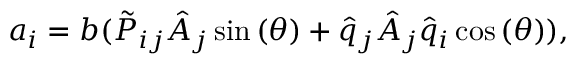
a _ { i } = b ( \tilde { P } _ { i j } \hat { A } _ { j } \sin { ( \theta ) } + \hat { q } _ { j } \hat { A } _ { j } \hat { q } _ { i } \cos { ( \theta ) } ) ,